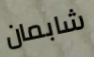
شابمان